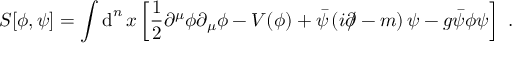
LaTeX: S [ \phi , \psi ] = \int \operatorname { d } ^ { n } x \left[ { \frac { 1 } { 2 } } \partial ^ { \mu } \phi \partial _ { \mu } \phi - V ( \phi ) + { \bar { \psi } } \left( i \partial \! \! \! / - m \right) \psi - g { \bar { \psi } } \phi \psi \right] ~ .